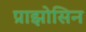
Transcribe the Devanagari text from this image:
प्राझोसिन